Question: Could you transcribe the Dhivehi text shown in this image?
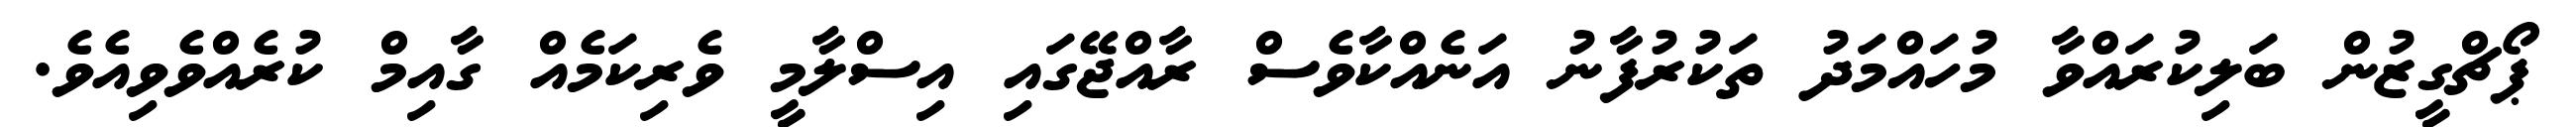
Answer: ޕޯޗްގީޒުން ބަލިކުރައްވާ މުހައްމަދު ތަކުރުފާނު އަނެއްކާވެސް ރާއްޖޭގައި އިސްލާމީ ވެރިކަމެއް ގާއިމް ކުރެއްވެވިއެވެ.